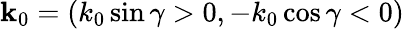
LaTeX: {\mathbf k}_{0}=(k_{0}\sin\gamma>0,-k_{0}\cos\gamma<0)